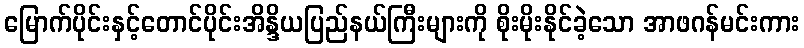
မြောက်ပိုင်းနှင့်တောင်ပိုင်းအိန္ဒိယပြည်နယ်ကြီးများကို စိုးမိုးနိုင်ခဲ့သော အာဖဂန်မင်းကား